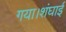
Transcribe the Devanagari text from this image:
गया।शंघाई